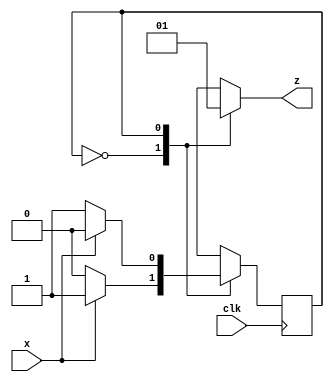
// Here we will generate the output from the internal state. This design will not cause tool to generate a latch for output z 
// Here the register even_odd will contain the parity detected so far so we can just draw a wire from this register and this will be the output. 

module parity_gen(x,clk,z);
input x,clk;
output reg z;
reg even_odd; // The machine state 
parameter EVEN = 0, ODD = 1;

always @(posedge clk)                       // update machine state at +ve edge of clock
 case(even_odd)                             // case (machine state)
 EVEN: even_odd <= x ? ODD : EVEN;          // update machine state using non blocking assignments 
 ODD:  even_odd <= x ? EVEN : ODD;          // update machine state using non blocking assignments
 default: even_odd <= EVEN;
 endcase

always @(even_odd)                          // update output z whenever machine state changes
 case(even_odd)                             // case (machine state)
 EVEN: z = 0;                              //  update output using blocking assignments.
 ODD: z = 1;                               //  update output using blocking assignments.
 endcase
endmodule